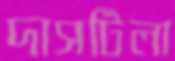
দাসটিলা